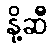
နို့ဆီ